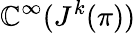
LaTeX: \mathbb{C}^{\infty}(J^{k}(\pi))